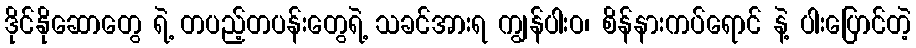
ဒိုင်နိုဆောတွေ ရဲ့ တပည့်တပန်းတွေရဲ့ သခင်အားရ ကျွန်ပါးဝ၊ စိန်နားကပ်ရောင် နဲ့ ပါးပြောင်တဲ့